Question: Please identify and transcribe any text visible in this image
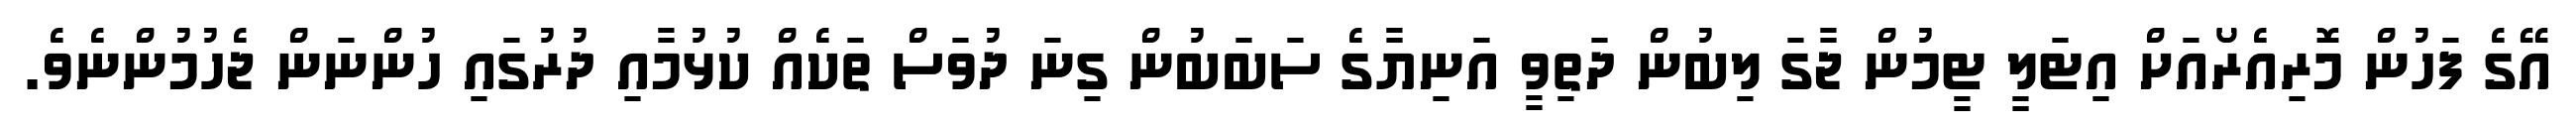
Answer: އޭގެ ފަހުން މޮރިއެރޯއަށް އިޓަލީ ޓީމުން ޖާގަ ލިބުން ދަތިވީ އަނިޔާގެ ސަބަބުން ގިނަ ދުވަސް ތަކެއް ކުޅުމާއި ދުރުގައި ހުންނަން ޖެހުމުންނެވެ.